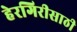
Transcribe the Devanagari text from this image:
हेरगिरीसाठी